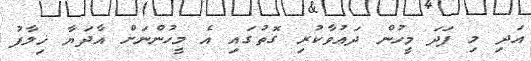
އަދި މި ފަދަ މީހުން ދަޢުވާކުރި ގޮތުގައި އެ މީހުންނަށް އާދަޔާ ޚިލާފު